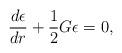
LaTeX: \begin{align*}\frac{d\epsilon}{dr}+\frac{1}{2}G\epsilon=0,\end{align*}